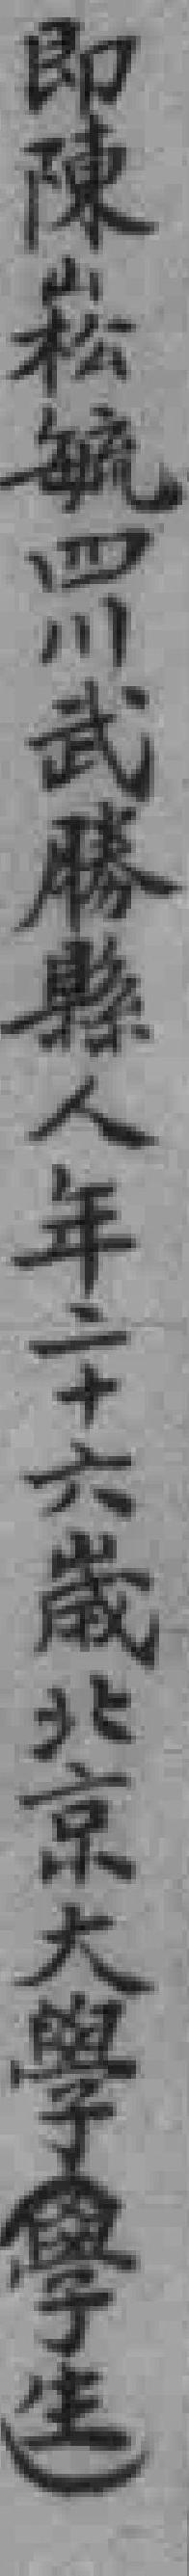
即陳崧毓四川武勝縣人年二十六歲北京大學（學生）